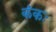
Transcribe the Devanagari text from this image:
कंकः